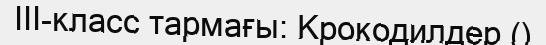
ІІІ-класс тармағы: Крокодилдер ()